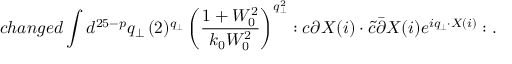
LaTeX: c h a n g e d \int d ^ { 2 5 - p } q _ { \bot } \, ( 2 ) ^ { q _ { \bot } } \left( \frac { 1 + W _ { 0 } ^ { 2 } } { k _ { 0 } W _ { 0 } ^ { 2 } } \right) ^ { q _ { \bot } ^ { 2 } } : c \partial X ( i ) \cdot \tilde { c } \bar { \partial } X ( i ) e ^ { i q _ { \bot } \cdot X ( i ) } : .